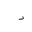
Letter: _hamza